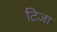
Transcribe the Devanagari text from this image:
टिजा